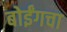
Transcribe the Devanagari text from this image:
बोईंगचा